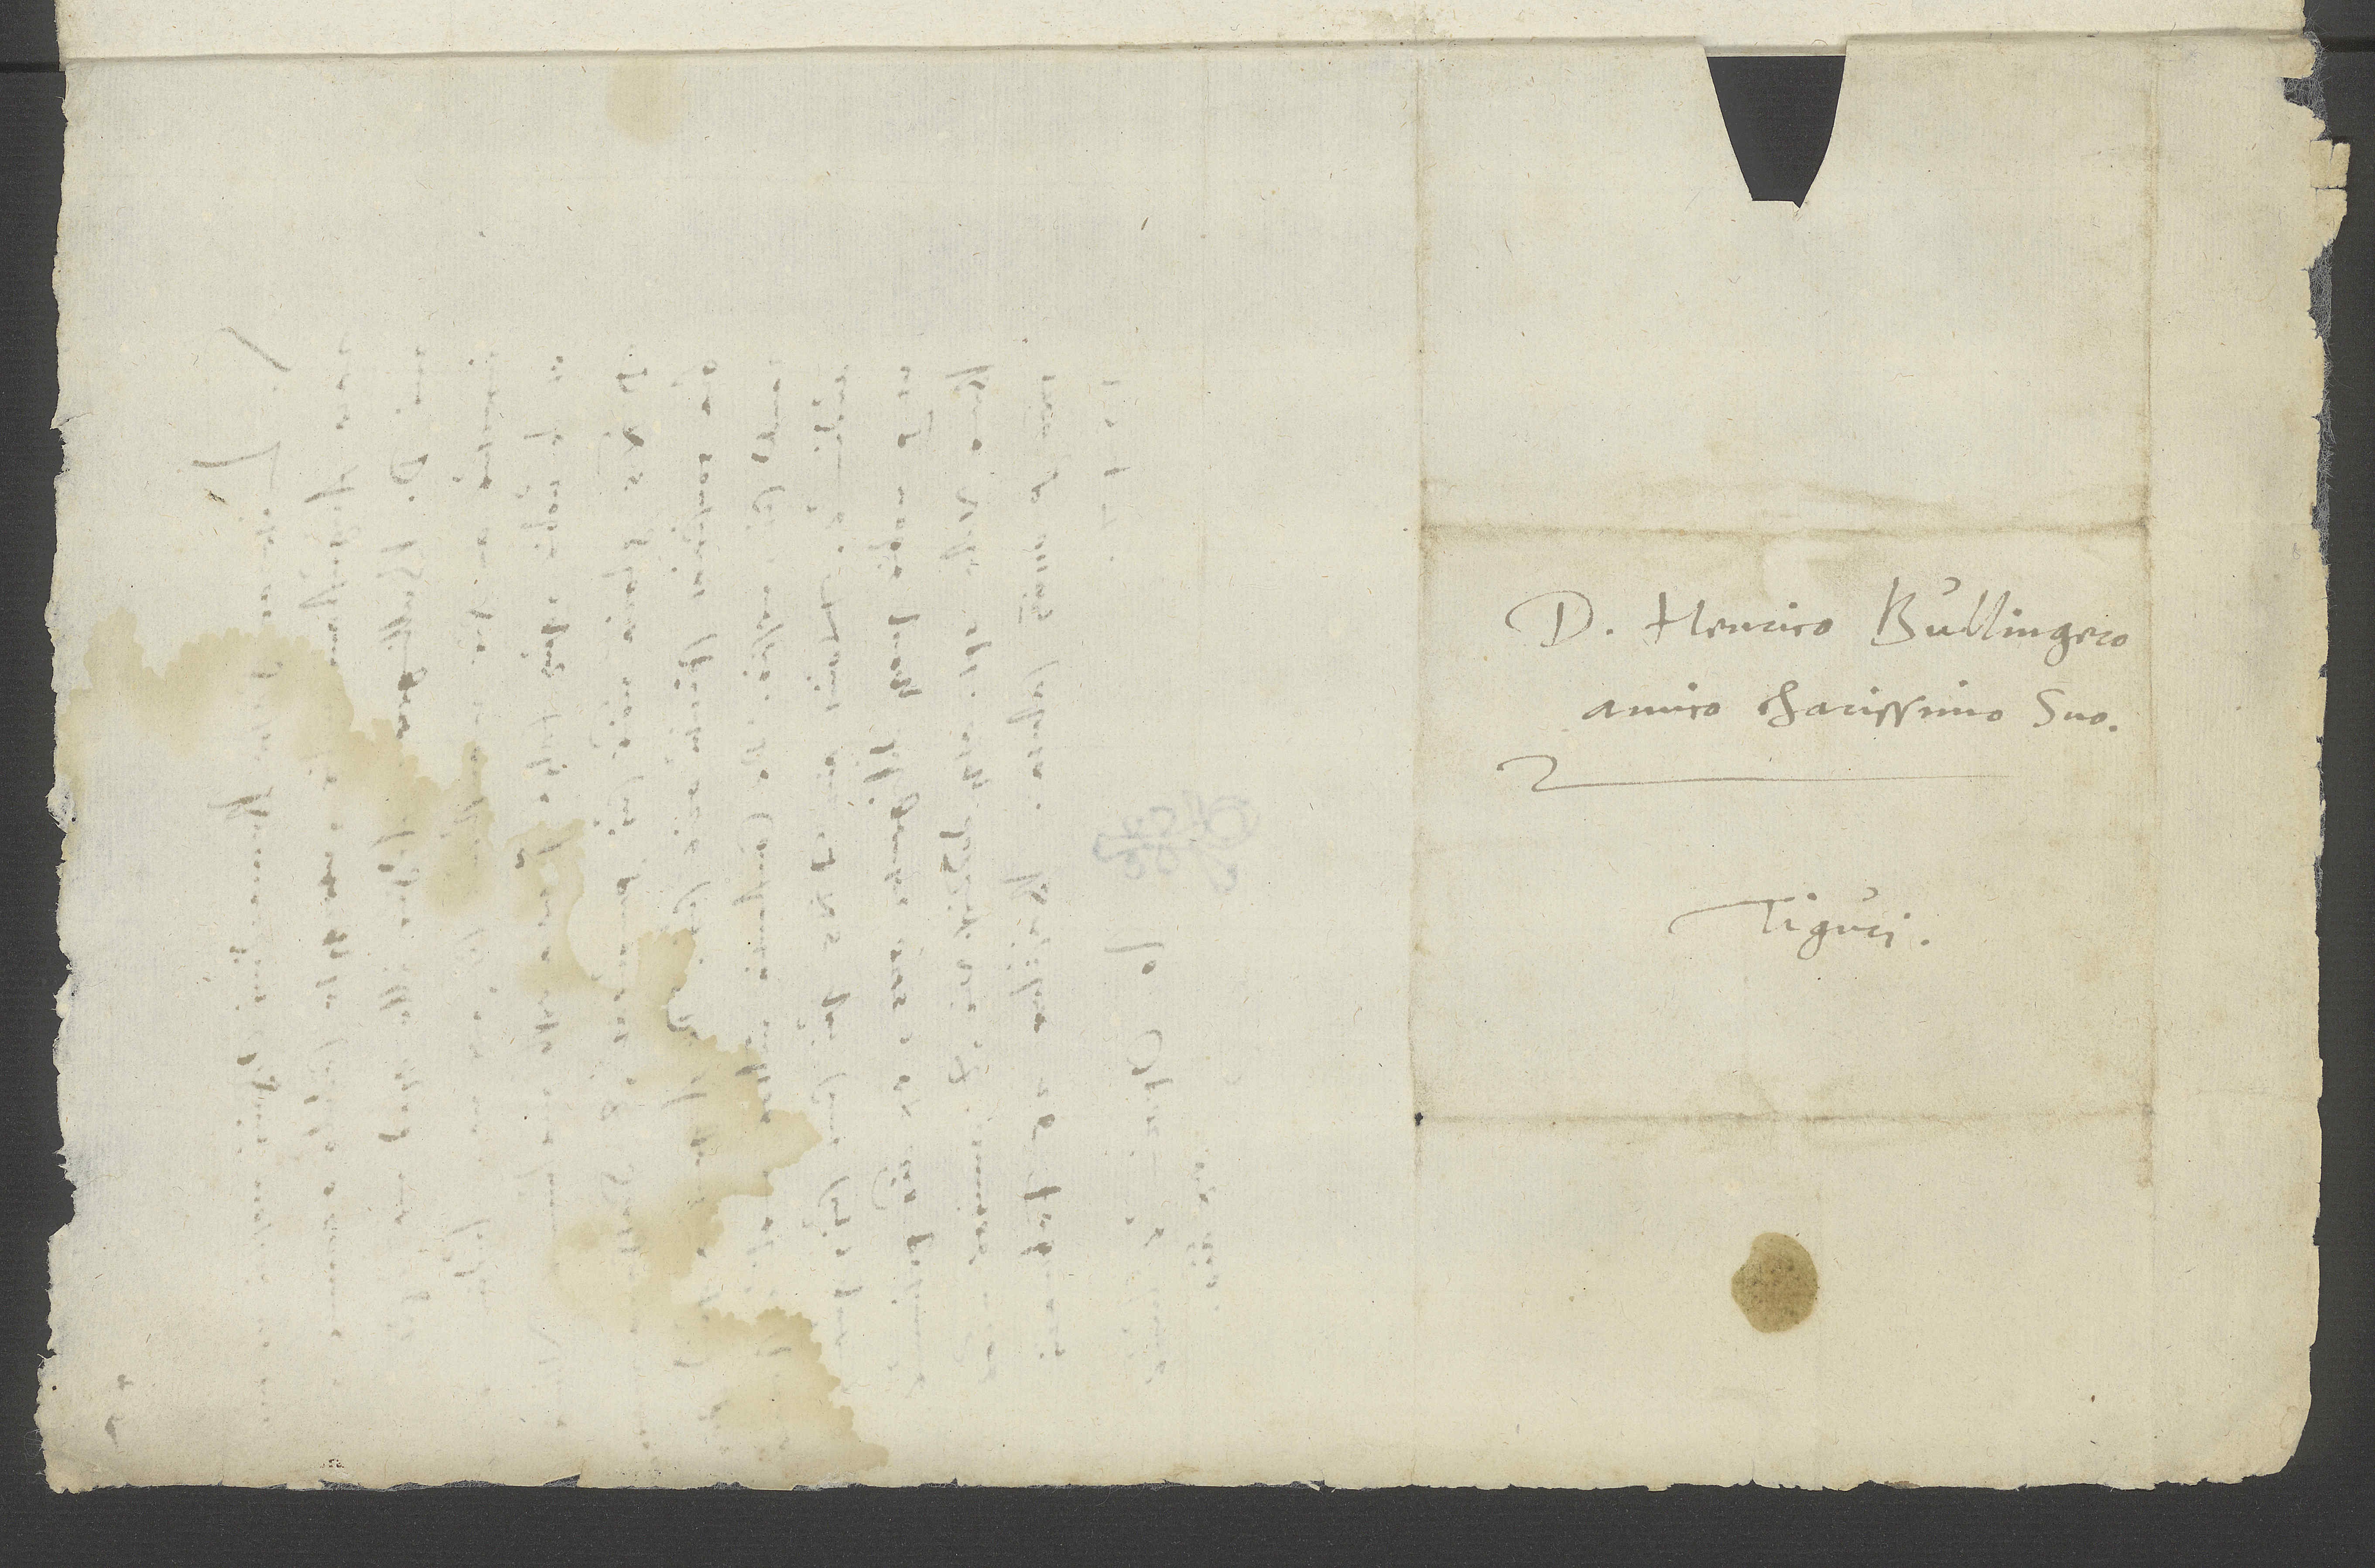
S.

d.

D. Henrico Bullingero,
amico clarissimo suo.